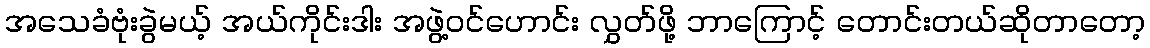
အသေခံဗုံးခွဲမယ့် အယ်ကိုင်းဒါး အဖွဲ့ဝင်ဟောင်း လွှတ်ဖို့ ဘာကြောင့် တောင်းတယ်ဆိုတာတော့